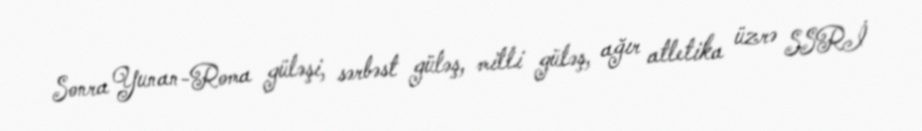
Sonra Yunan-Roma güləşi, sərbəst güləş, milli güləş, ağır atletika üzrə SSRİ